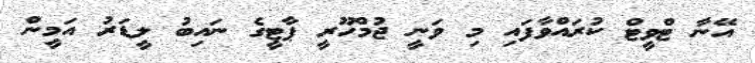
އޭނާ ޓްވީޓް ކުރައްވާފައި މި ވަނީ ޖުމްހޫރީ ޕާޓީގެ ނައިބު ލީޑަރު އަމީން